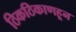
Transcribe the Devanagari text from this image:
ठिकठिकाणहून